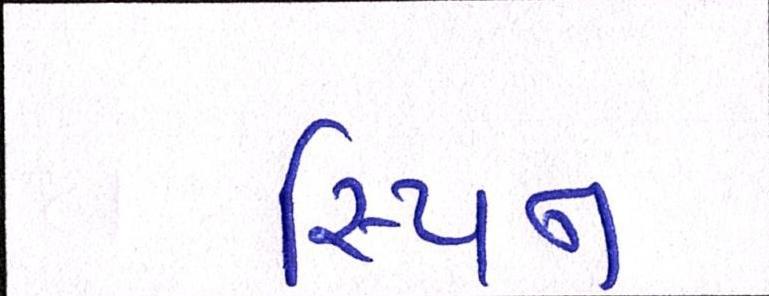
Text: સ્પિન